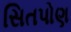
સિતપોણ